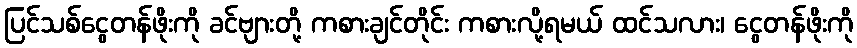
ပြင်သစ်ငွေတန်ဖိုးကို ခင်ဗျားတို့ ကစားချင်တိုင်း ကစားလို့ရမယ် ထင်သလား၊ ငွေတန်ဖိုးကို